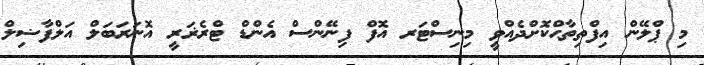
މި ޕްލޭން އިފްތިތާޙްކޮށްދެއްވީ މިނިސްޓަރ އޮފް ފިނޭންސް އެންޑް ޓްރެޜަރީ އޮނަރަބަލް އަލްފާޟިލް